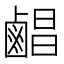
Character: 𪉨